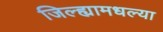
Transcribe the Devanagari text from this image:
जिल्ह्यामधल्या